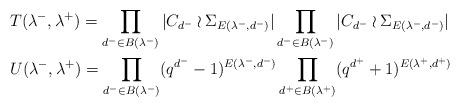
LaTeX: \begin{align*} &T(\lambda^-,\lambda^+) =\prod_{d^- \in B(\lambda^-)} |C_{d^-} \wr \Sigma_{E(\lambda^-,d^-)}| \prod_{d^- \in B(\lambda^-)} |C_{d^-} \wr \Sigma_{E(\lambda^-,d^-)}| \\ &U(\lambda^-,\lambda^+) =\prod_{d^- \in B(\lambda^-)} (q^{d^-}-1)^{E(\lambda^-,d^-)} \prod_{d^+ \in B(\lambda^+)} (q^{d^+}+1)^{E(\lambda^+,d^+)}\end{align*}